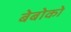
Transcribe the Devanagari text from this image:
बेबोको